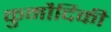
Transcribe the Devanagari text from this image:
कुमौदिकी